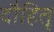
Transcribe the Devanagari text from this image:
दौहितृ